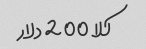
کلا 200 دلار